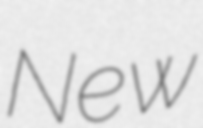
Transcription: New